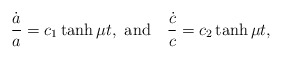
\begin{align*}\frac{\dot{a}}{a} = c_{1}\tanh{\mu t},~{\rm and}~~~\frac{\dot{c}}{c}= c_{2}\tanh{\mu t},\end{align*}